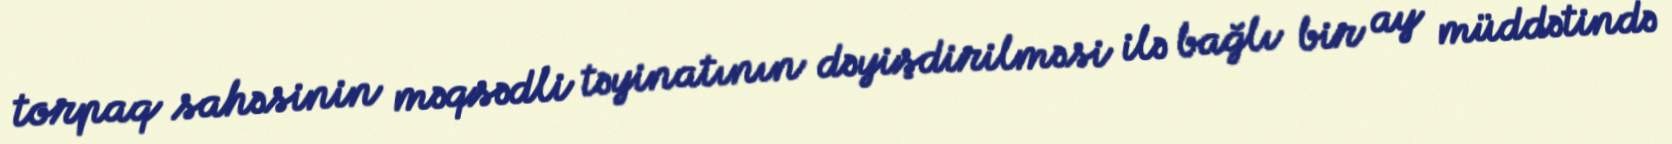
torpaq sahəsinin məqsədli təyinatının dəyişdirilməsi ilə bağlı bir ay müddətində